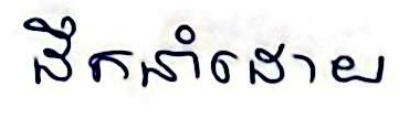
ដឹកនាំដោយ